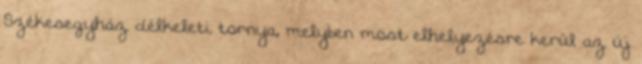
Székesegyház délkeleti tornya, melyben most elhelyezésre kerül az új